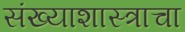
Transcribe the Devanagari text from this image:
संख्याशास्त्राचा